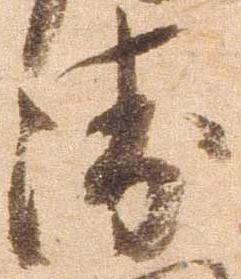
衛